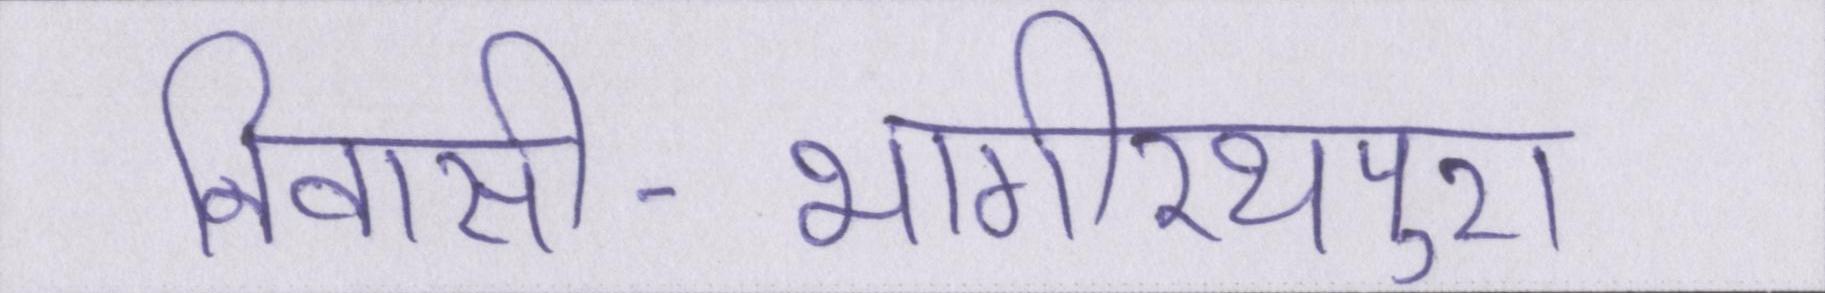
निवासी-भागीरथपुरा